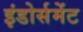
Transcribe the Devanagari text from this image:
इंडोर्समेंट